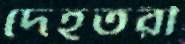
দেহতরী